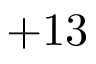
+ 1 3